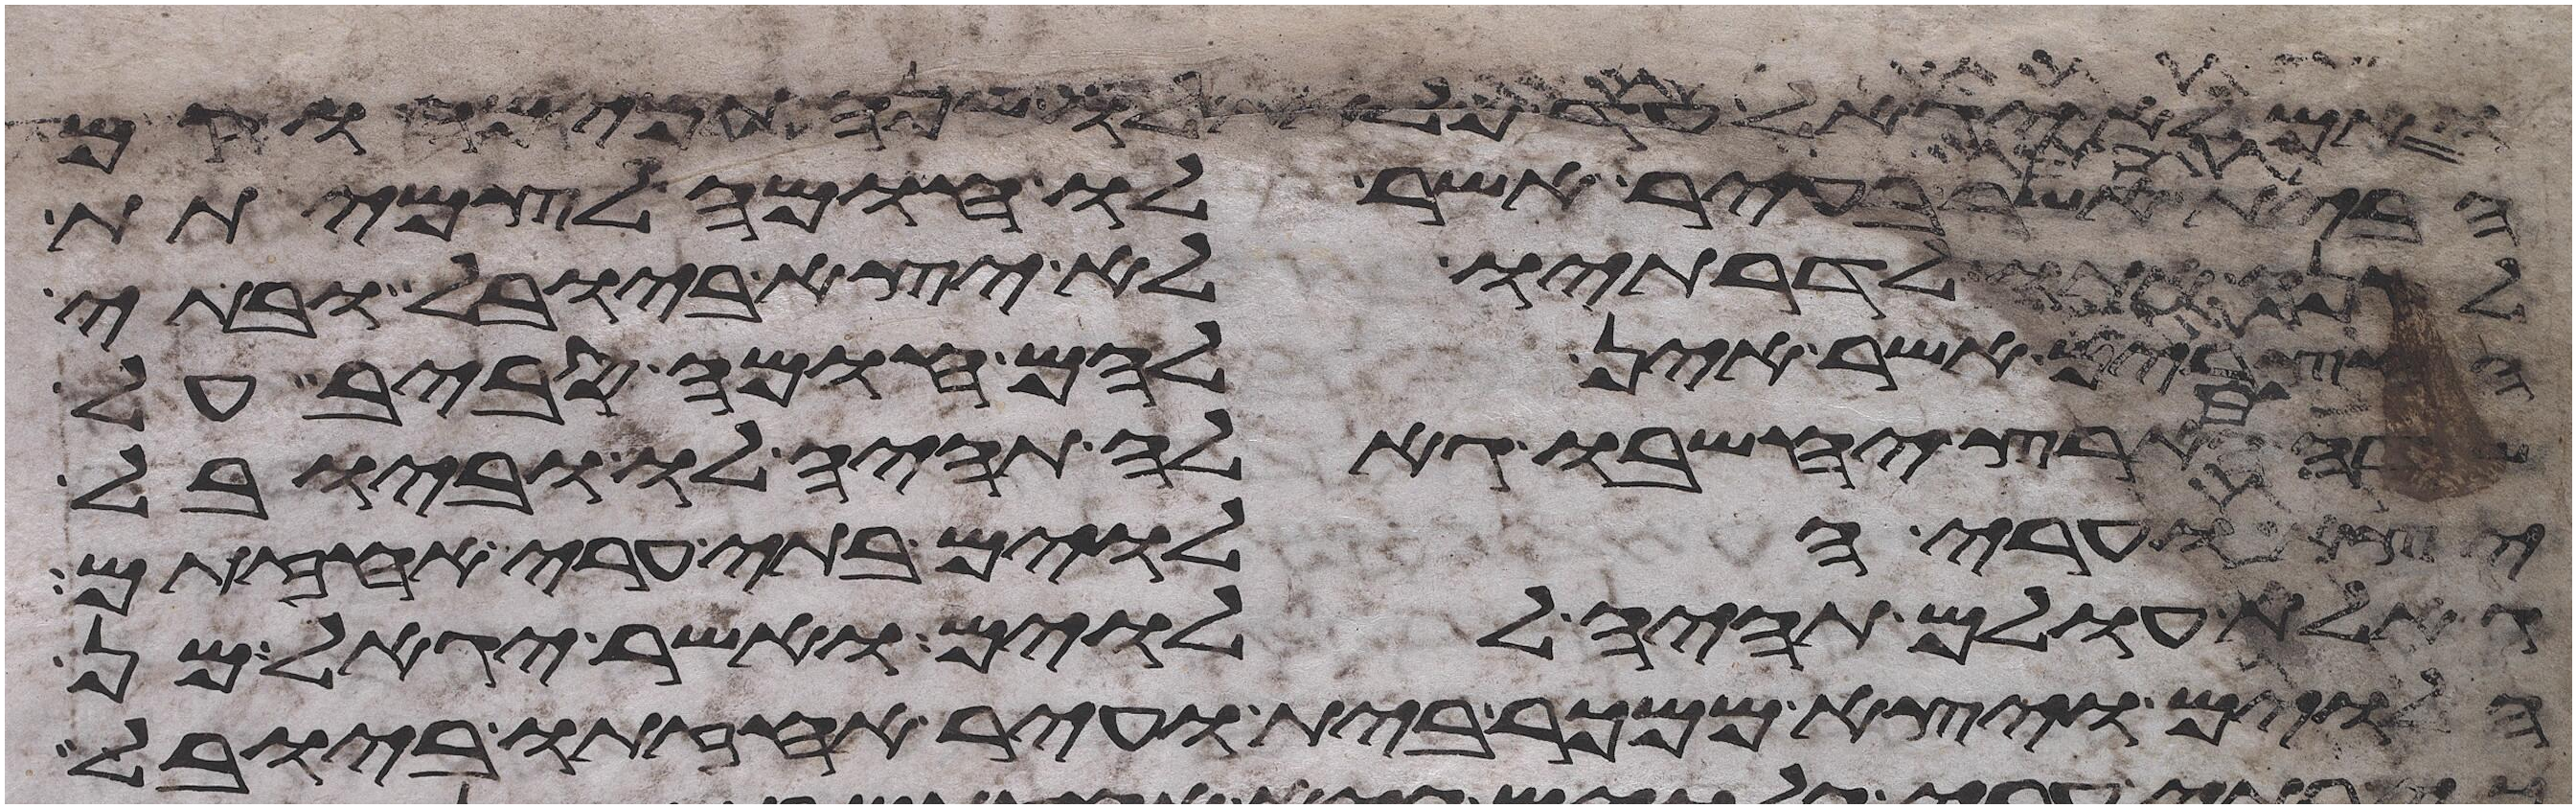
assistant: ואם לא יגאל עד מלאת לו שנה תמימה וקם
הבית אשר בעיר אשר לו חומה לצמיתת
לקנה אתו לדרתיו לא יצא ביובל ובתי
החצרים אשר אין להם חומה סביב על
הארץ יחשבו גאלה תהיה לו וביובל
יצא וערי הלוים בתי ערי אחזתם
גאלת עולם תהיה ללוים ואשר יגאל מן
הלוים ויצא ממכר בית ועיר אחזתו ביובל